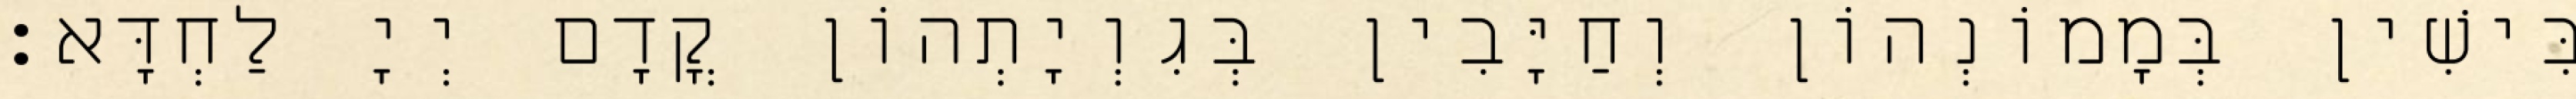
בִּישִׁין בְּמָמוֹנְהוֹן וְחַיָּבִין בְּגִוְיָתְהוֹן קֳדָם יְיָ לַחְדָּא׃